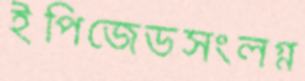
ইপিজেডসংলগ্ন